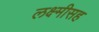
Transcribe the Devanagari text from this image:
लक्ष्मीसह